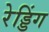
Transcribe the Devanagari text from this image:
रेड्डिंग